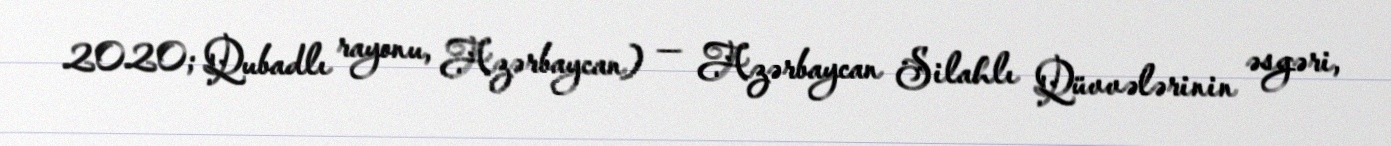
2020; Qubadlı rayonu, Azərbaycan) — Azərbaycan Silahlı Qüvvələrinin əsgəri,